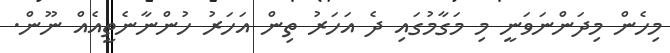
މިހެން މިދަންނަވަނީ މި މަގާމުގައި ދެ އަހަރު ތިން އަހަރު ހުންނާނެތީއެއް ނޫން.